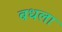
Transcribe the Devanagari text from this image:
बधला